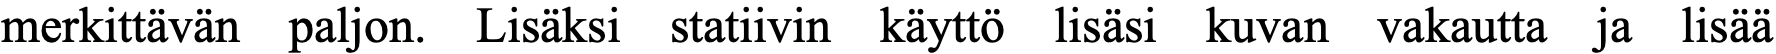
merkittävän paljon. Lisäksi statiivin käyttö lisäsi kuvan vakautta ja lisää